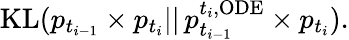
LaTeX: \begin{array}{r}{\mathrm{KL}(p_{t_{i-1}}\times p_{t_{i}}||\, p_{t_{i-1}}^{t_{i},\mathrm{ODE}}\times p_{t_{i}}).}\end{array}